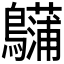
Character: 𪇨